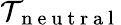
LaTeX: \mathcal{T}_{\mathrm{~n~e~u~t~r~a~l~}}